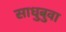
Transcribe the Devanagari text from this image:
साधुबुवा